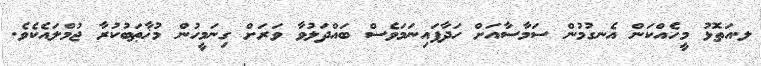
ލ.އަތޮޅު މީހެއްކަން އެނގުމުން ސަމާސާއަށް ހަދާފައިނަމަވެސް ބައްދަލުވާ ވަރަށް ގިނަމީހުން މުޚާޠަބުކުރާ ޖުމްލައެކެވެ.